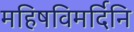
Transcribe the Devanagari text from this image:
महिषविमर्दिनि